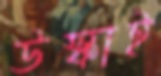
উস্‌কাই